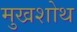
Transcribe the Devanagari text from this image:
मुखशोथ